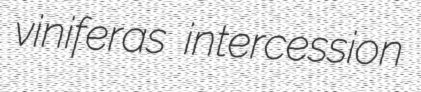
viniferas intercession